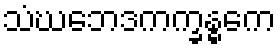
သံဃဘေဒကက္ခန္ဓကေ